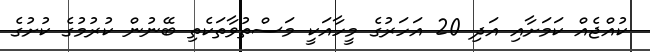
ކުއްޖެއް ކަމަށާއި އަދި 20 އަހަރުގެ މީހާއަކީ މަސްތުވާތަކެތި ބޭނުން ކުރުމުގެ ކުށުގެ